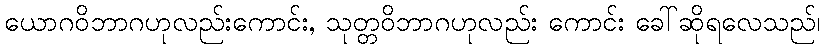
ယောဂဝိဘာဂဟုလည်းကောင်း, သုတ္တဝိဘာဂဟုလည်း ကောင်း ခေါ်ဆိုရလေသည်၊